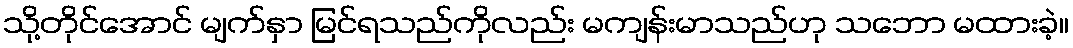
သို့တိုင်အောင် မျက်နှာ မြင်ရသည်ကိုလည်း မကျန်းမာသည်ဟု သဘော မထားခဲ့။